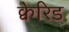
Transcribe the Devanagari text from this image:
क्वेरिड